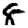
Digit: 8